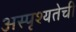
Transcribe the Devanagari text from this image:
अस्पृश्‍यतेची